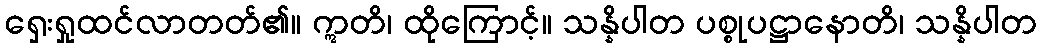
ရှေးရှုထင်လာတတ်၏။ ဣတိ၊ ထိုကြောင့်။ သန္နိပါတ ပစ္စုပဋ္ဌာနောတိ၊ သန္နိပါတ